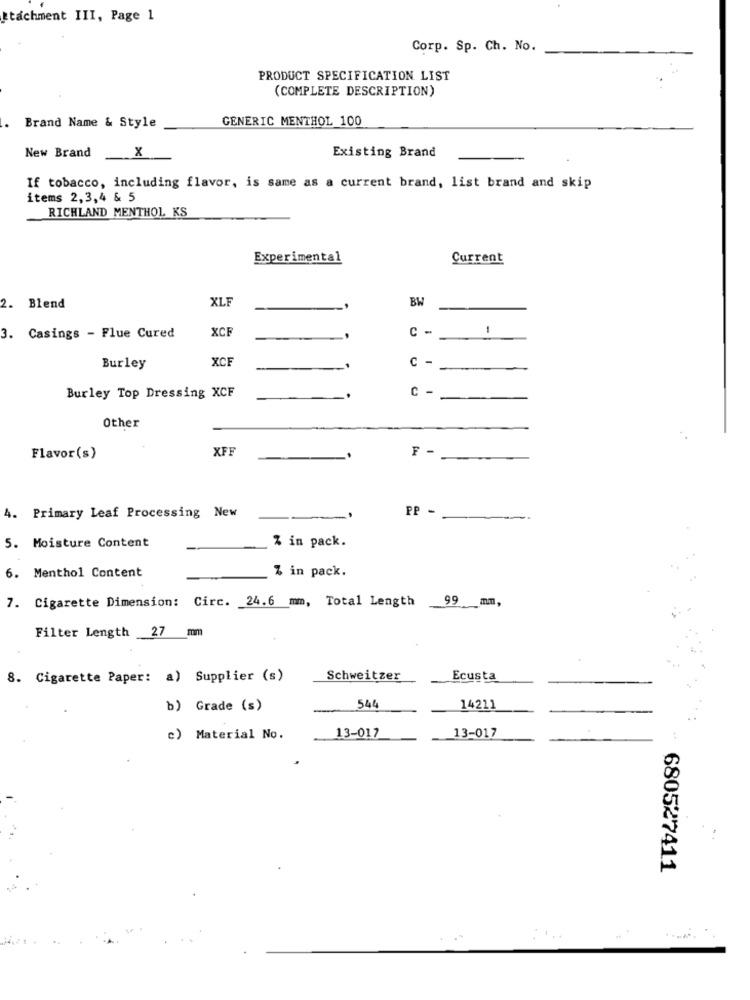
itachment III, Page 1
Corp. Sp. Ch. No.
PRODUCT SPECIFICATION LIST
(COMPLETE DESCRIPTION)
Brand Name & Style
GENERIC MENTHOL 100
New Brand
X
Existing Brand
If tobacco, including flavor, is same as a current brand, list brand and skip
items 2,3,4 & 5
RICHLAND MENTHOL KS
Experimental
Current
XLF
BW
2. Blend
XCF
c -
1
3. Casings - Flue Cured
XCE
Burley
C -
Burley Top Dressing XCF
C -
-
Other
XFF
F-
Flavor(s)
PP -
4. Primary Leaf Processing New
% in pack.
5. Moisture Content
% in pack.
6. Menthol Content
7. Cigarette Dimension: Circ. 24.6 mm, Total Length
99 mm,
Filter Length 27 mm
8. Cigarette Paper: a) Supplier (s)
Schweitzer
Ecusta
b) Grade (s)
544
14211
13-017
c) Material No.
13-017
680527411